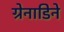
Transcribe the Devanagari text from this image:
ग्रेनाडिने